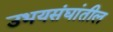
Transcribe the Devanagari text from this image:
उभयसंघांतील